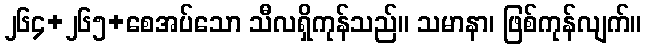
၂၆၄+၂၆၅+စေအပ်သော သီလရှိကုန်သည်။ သမာနာ၊ ဖြစ်ကုန်လျက်။